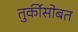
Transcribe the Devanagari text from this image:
तुर्कीसोबत